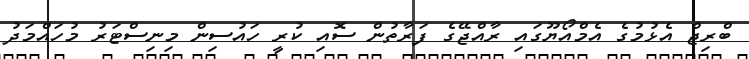
ބްރިޖް އެޅުމުގެ އެމްއޯޔޫގައި ރާއްޖޭގެ ފަރާތުން ސޮއި ކުރީ ހައުސިން މިނިސްޓަރު މުހައްމަދު